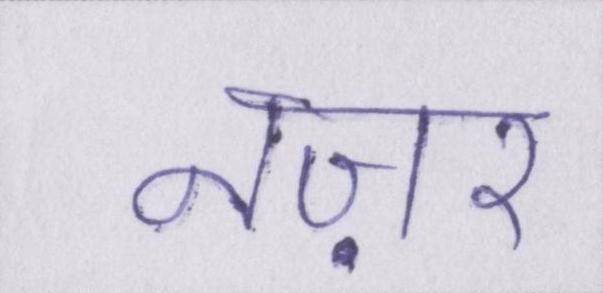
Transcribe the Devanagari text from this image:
नज़र